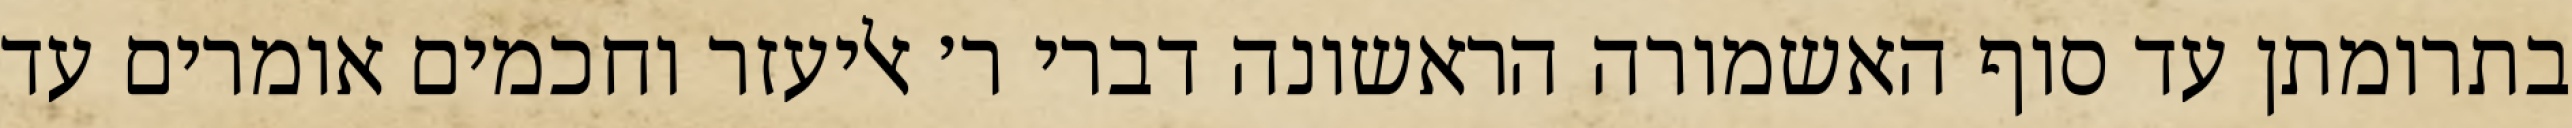
בתרומתן עד סוף האשמורה הראשונה דברי ר׳ אליעזר וחכמים אומרים עד